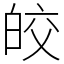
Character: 皎